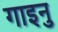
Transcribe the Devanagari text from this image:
गाइनु